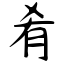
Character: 肴